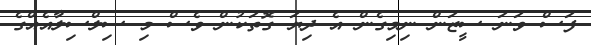
ފަސް ވަނަ ސީޒަން ނިމިގެން އެ ދިޔަ ގޮތަކުން ވެސް މި ސިލްސިލާއެއްގެ